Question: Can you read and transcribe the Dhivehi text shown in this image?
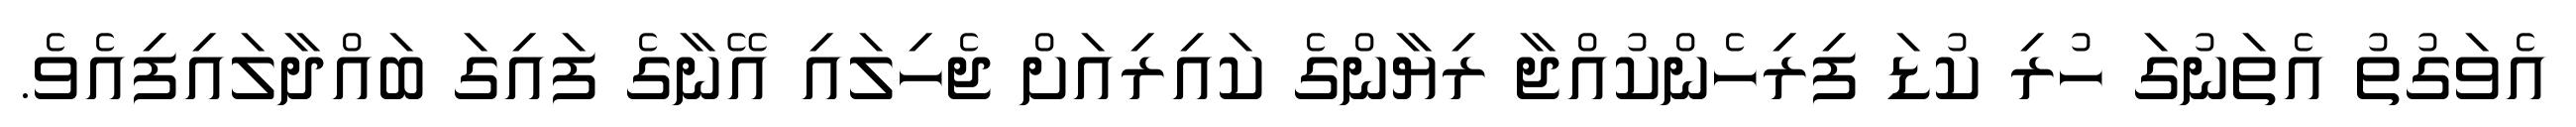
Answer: އެވަގުތު އެތަނުގަ ހުރި ކުޑަ ފިރިހެންކުއްޖާ ރިޔާންގެ ކައިރިއަށް ޖެހިލައި އޭނާގެ ފައިގަ ބައްދާލައިފިއެވެ.